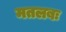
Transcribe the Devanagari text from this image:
मतलबः